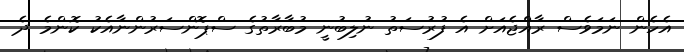
އެހެން ނަމަވެސް ރާއްޖެއަށް އެ ފުރުސަތު ނުލިބުނީ މުބާރާތުގެ ސްޕޮންސަރުންނާއެކު ކޮންމެ ދެ